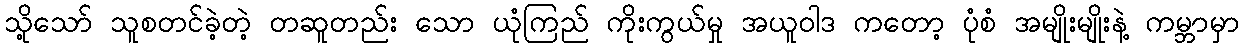
သို့သော် သူစတင်ခဲ့တဲ့ တဆူတည်း သော ယုံကြည် ကိုးကွယ်မှု အယူဝါဒ ကတော့ ပုံစံ အမျိုးမျိုးနဲ့ ကမ္ဘာမှာ